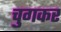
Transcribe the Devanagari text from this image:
चुगकर